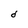
Character: d